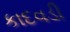
કાદવડી